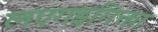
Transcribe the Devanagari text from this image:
लएगइगिक्ता